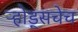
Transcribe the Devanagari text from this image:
ऱ्होड्सचेच